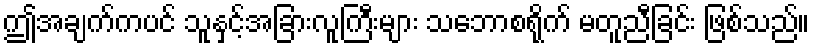
ဤအချက်ကပင် သူနှင့်အခြားလူကြီးများ သဘောစရိုက် မတူညီခြင်း ဖြစ်သည်။